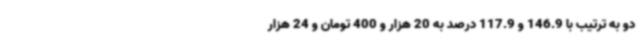
دو به ترتیب با 146.9 و 117.9 درصد به 20 هزار و 400 تومان و 24 هزار